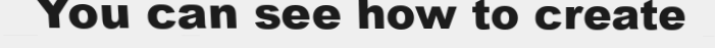
You can see how to create